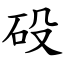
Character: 砓